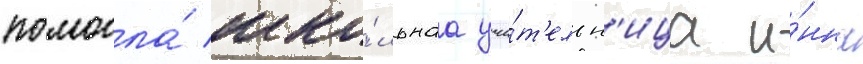
помогла́ шко́льнаа учи́т'ельн'ица и́нна